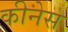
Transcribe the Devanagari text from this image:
कीनेस